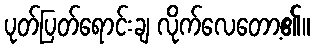
ပုတ်ပြတ်ရောင်းချ လိုက်လေတော့၏။